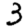
Digit: 3